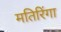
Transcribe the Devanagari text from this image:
मतिरिंगा